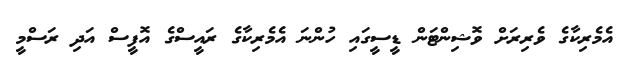
އެމެރިކާގެ ވެރިރަށް ވޮޝިންޓަން ޑީސީގައި ހުންނަ އެމެރިކާގެ ރައީސްގެ އޮފީސް އަދި ރަސްމީ